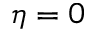
\eta = 0